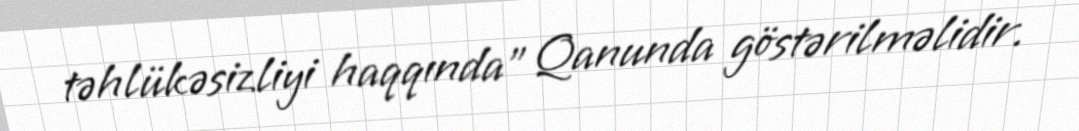
təhlükəsizliyi haqqında" Qanunda göstərilməlidir.